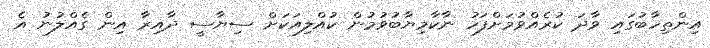
އިންތިހާބުގައި ވާދަ ކުރެއްވުމަށްފަހު ނާކާމިޔާބުވުމުން ކުއްލިއަކަށް ސިޔާސީ ދާއިރާ އިން ގެއްލުނު އެ